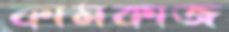
কামকাজ